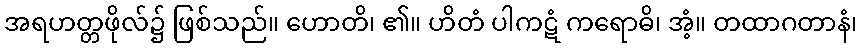
အရဟတ္တဖိုလ်၌ ဖြစ်သည်။ ဟောတိ၊ ၏။ ဟိတံ ပါကဋံ ကရောဓိ၊ အံ့။ တထာဂတာနံ၊